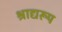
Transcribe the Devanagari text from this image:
श्राद्यरूप